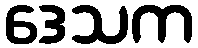
ဒေသက